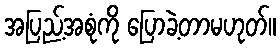
အပြည့်အစုံကို ပြောခဲ့တာမဟုတ်။